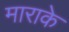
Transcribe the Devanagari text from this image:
माराके